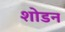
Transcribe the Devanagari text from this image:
शोडन